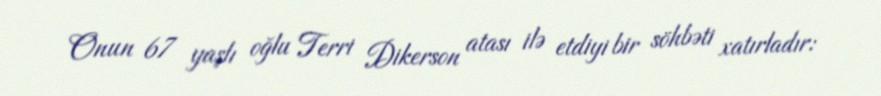
Onun 67 yaşlı oğlu Terri Dikerson atası ilə etdiyi bir söhbəti xatırladır: